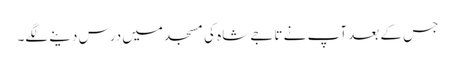
جس کے بعد آپ نے تاجے شاہ کی مسجد میں درس دینے لگے۔